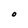
Character: O